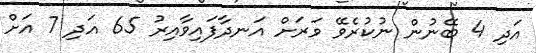
އަދި 4 ބޭނުން ނުކުރެވޭ ވަރަށް އަނދާފައިވާއިރު 65 އަދި 7 އަށް